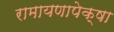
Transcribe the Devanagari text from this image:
रामायणापेक्षा